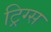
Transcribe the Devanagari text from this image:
ट्रिग्स